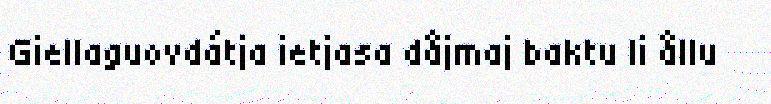
Giellaguovdátja ietjasa dåjmaj baktu li ållu